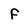
Character: f